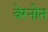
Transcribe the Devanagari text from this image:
वेरनोन